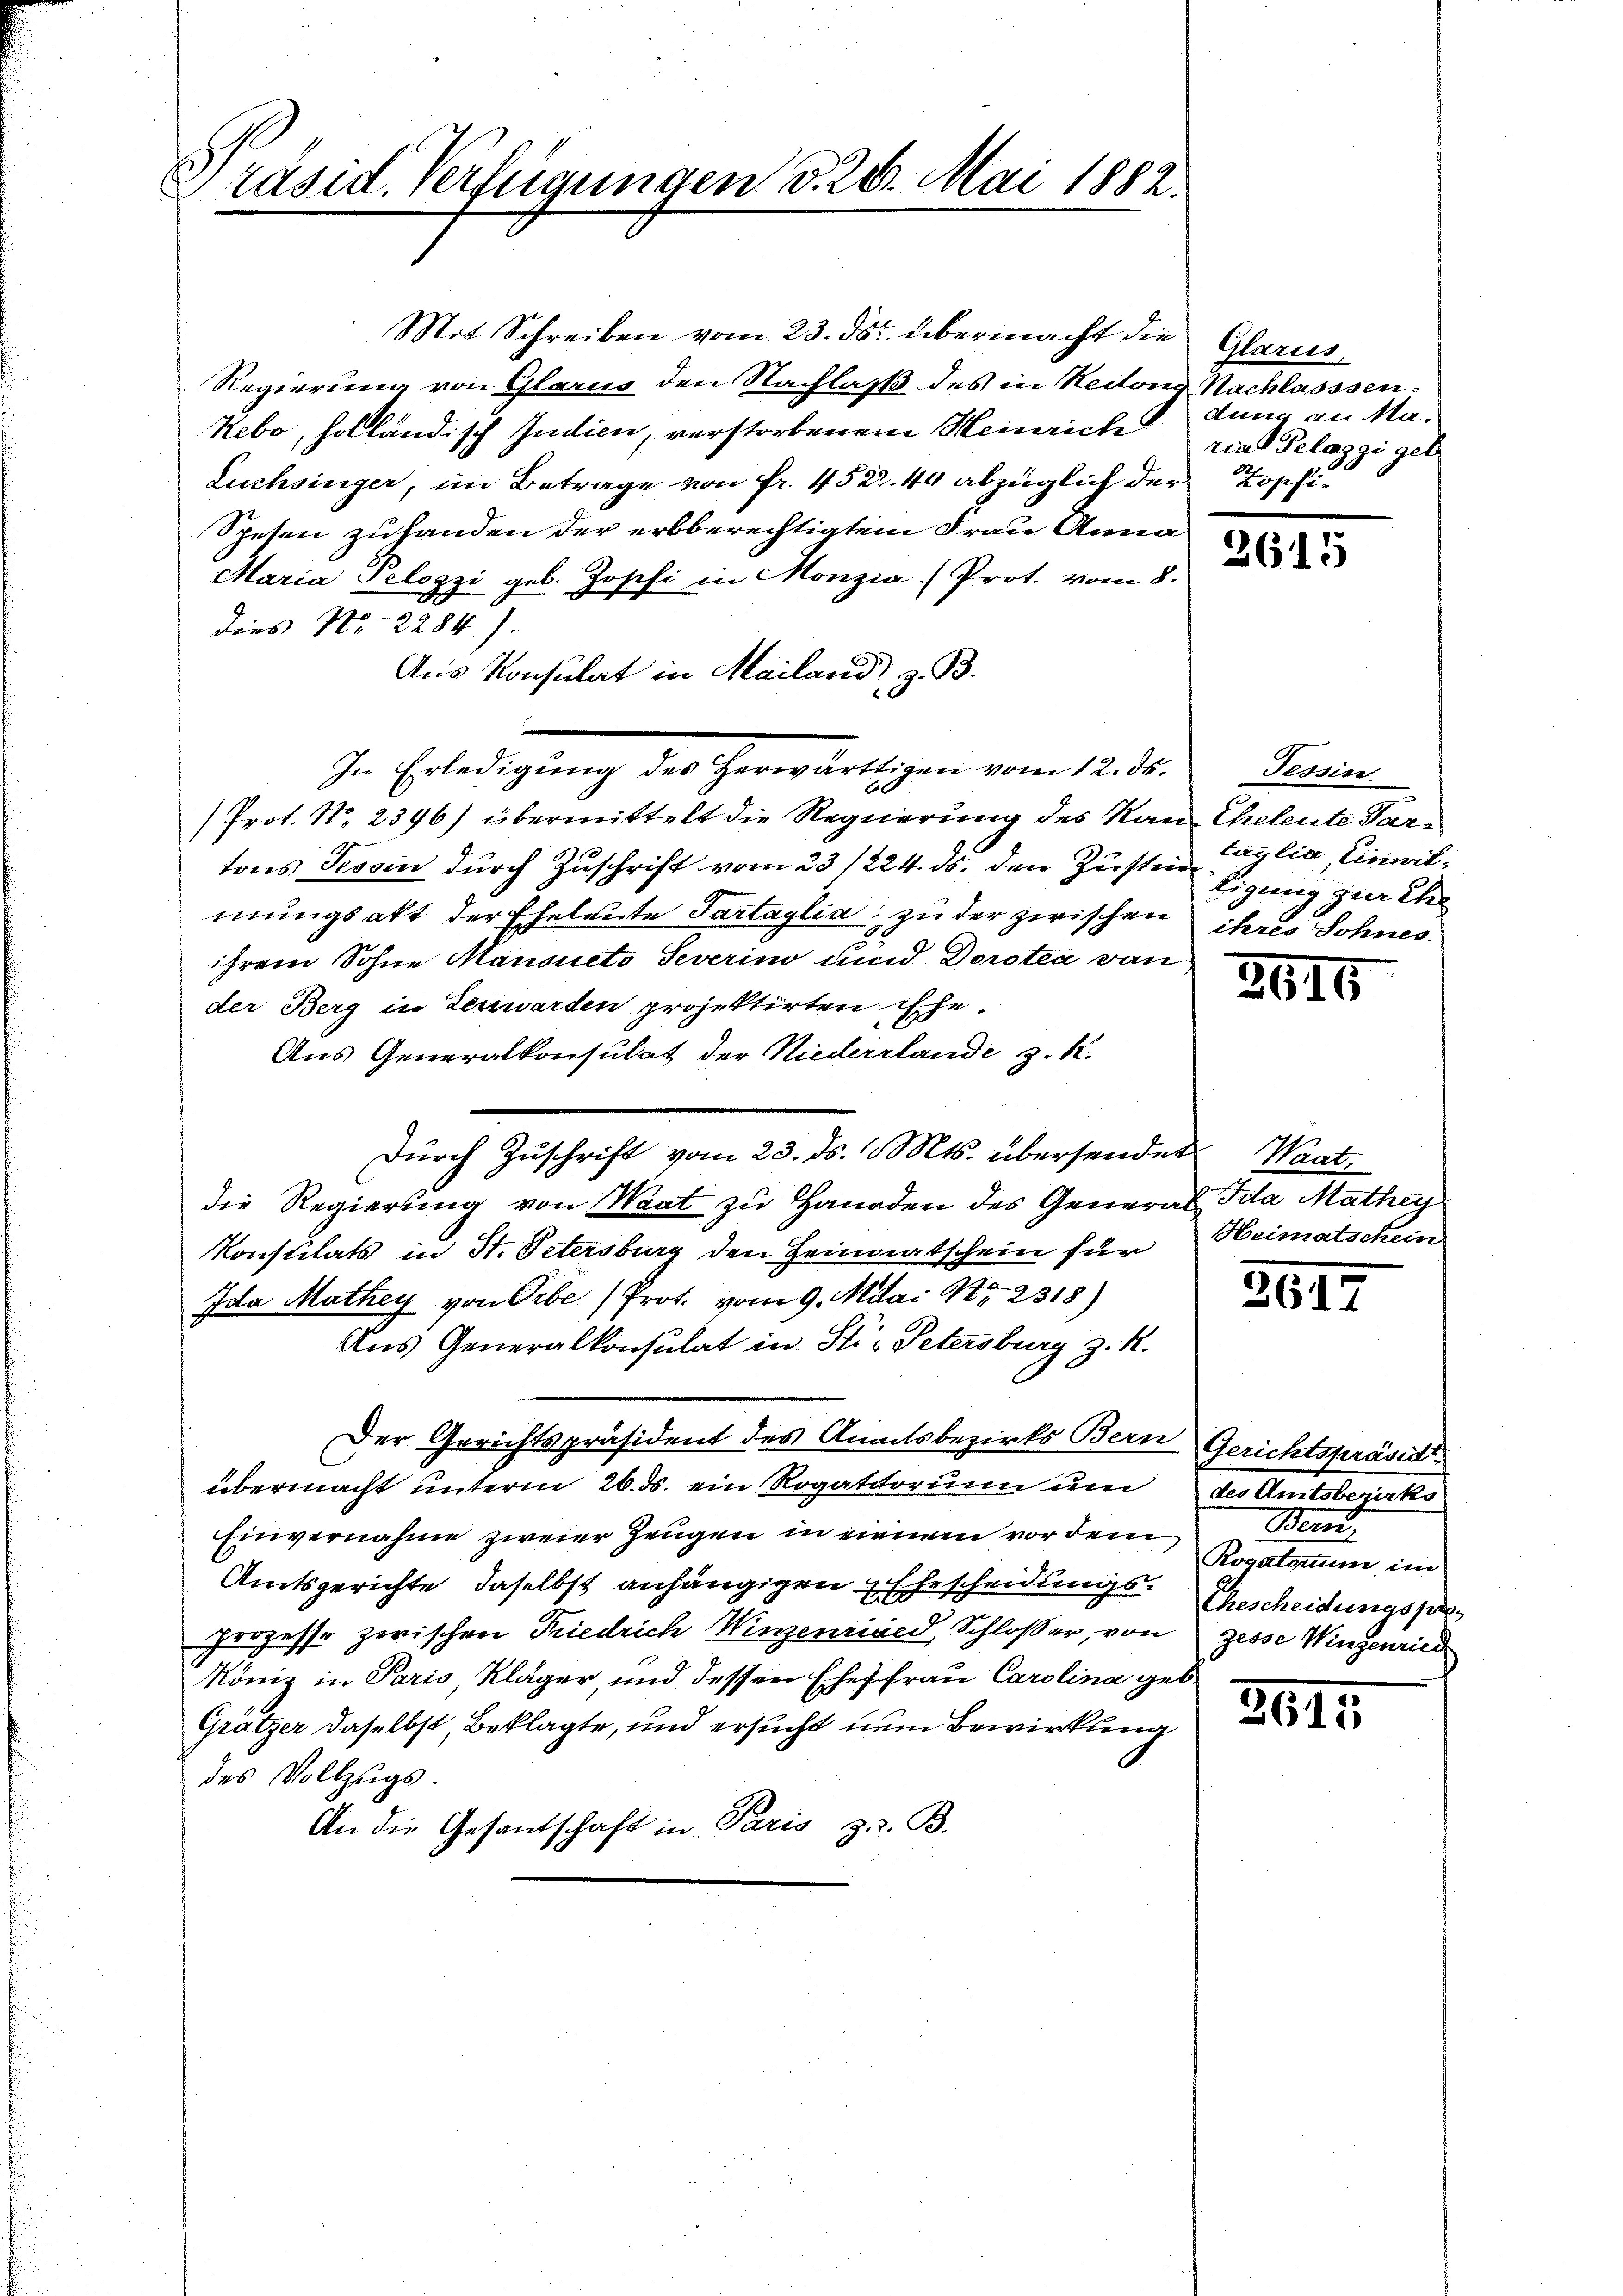
Präsid. Verfügungen d. 28. Mai 1882.

Mit Schreiben vom 23. ds. übermacht die Glarus,
Regierung von Glarus den Nachlaß des in Heitong Nachlasssen¬
Kebo, holländisch Indien, verstorbenem Heinrich und Gelazzi gel
Luchsinger, im Betrage von Fr. 452. 44 abzüglich der
Spesen zuhanden der erbberechtigtem Frau Anna
Maria Pelozzi geb. Josefi in Monzia (Prot. vom 8.
dies Nr. 2284).
Aus Konsulat in Mailand, z. B.
Prot. No. 2396) übermittelt die Regierung des Ran Eheleute Partons Tessin durch Zuschrift vom 23/224. ds. den Zustin Eignung zur Ehe
mungsakt der Eheleute Tartaglia, zu der zwischen ihres Sohnes
ihrem Sohne Mansueto Severino und Doroten von
der Berg in Verwarten projektirten ische.
Aus Generalkonsulat der Niederlande z. K.
Durch Zuschrift vom 23. ds. Mts. übersendet. Waat,
die Regierung von Waat zu Handen des General Ida Mathey
Konstilats in St. Petersburg den Heimatschein für Heimatschein
Ida Mathey von Erbe (Prot. vom 9. Mai Nr. 2318)
Aus Generalkonsulat in Sti- Petersburg z. R.
Der Gerichtspräsident des Anatsbezirks Bern Gerichtspräsid
übermacht unterm 26. ds. ein Rogatitorium um des Amtsbericks
Einvernahme zweier Zeugen in einem vor dem
Amtsgerichte, daselbst anhängigen Ehescheidungs Gescheidungssa¬
Prozesse zwischen Friedrich Winzenried, Schloßer, von gesse Wingenried
König in Paris, Kläger und dessen Ehefrau Carolina geb.
Grätzer daselbst Beklagte, und ersucht nun Bewirkung
des Vollzugs-
An die Gesantschaft in Paris z. Z. B.

In Erledigung des herwärtigen vom 12. d.

dung an Ma¬
Zopfi-

2015

Tessin
taglia, Einivil¬

2616

361.

Bern.
Rogatorum im

3615